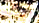
أصيبت